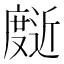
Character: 𰐄